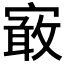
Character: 𡪯